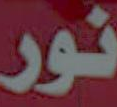
نور